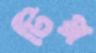
টিপ্প